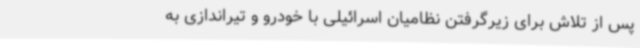
پس از تلاش برای زیرگرفتن نظامیان اسرائیلی با خودرو و تیراندازی به